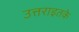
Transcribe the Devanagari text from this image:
उत्तराइतके